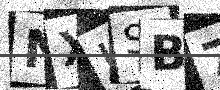
Text: NXISB7